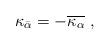
LaTeX: \begin{align*}\kappa_{\bar\alpha}= -\overline{\kappa_{\alpha}}\ , \end{align*}